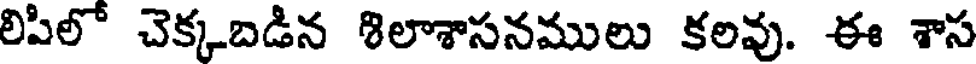
లిపిలో చెక్కబడిన శిలాశాసనములు కలవు. ఈ శాస